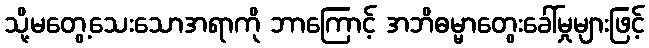
သို့မတွေ့သေးသောအရာကို ဘာကြောင့် အဘိဓမ္မာတွေးခေါ်မှုများဖြင့်